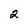
Character: 2